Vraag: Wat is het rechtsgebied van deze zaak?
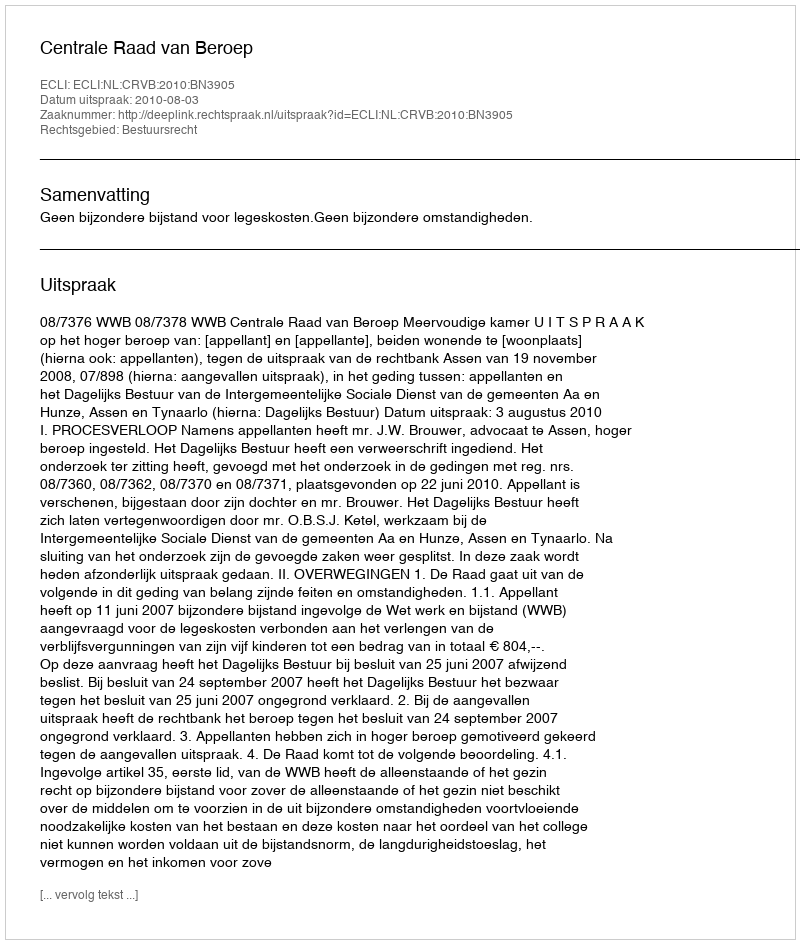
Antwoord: Bestuursrecht